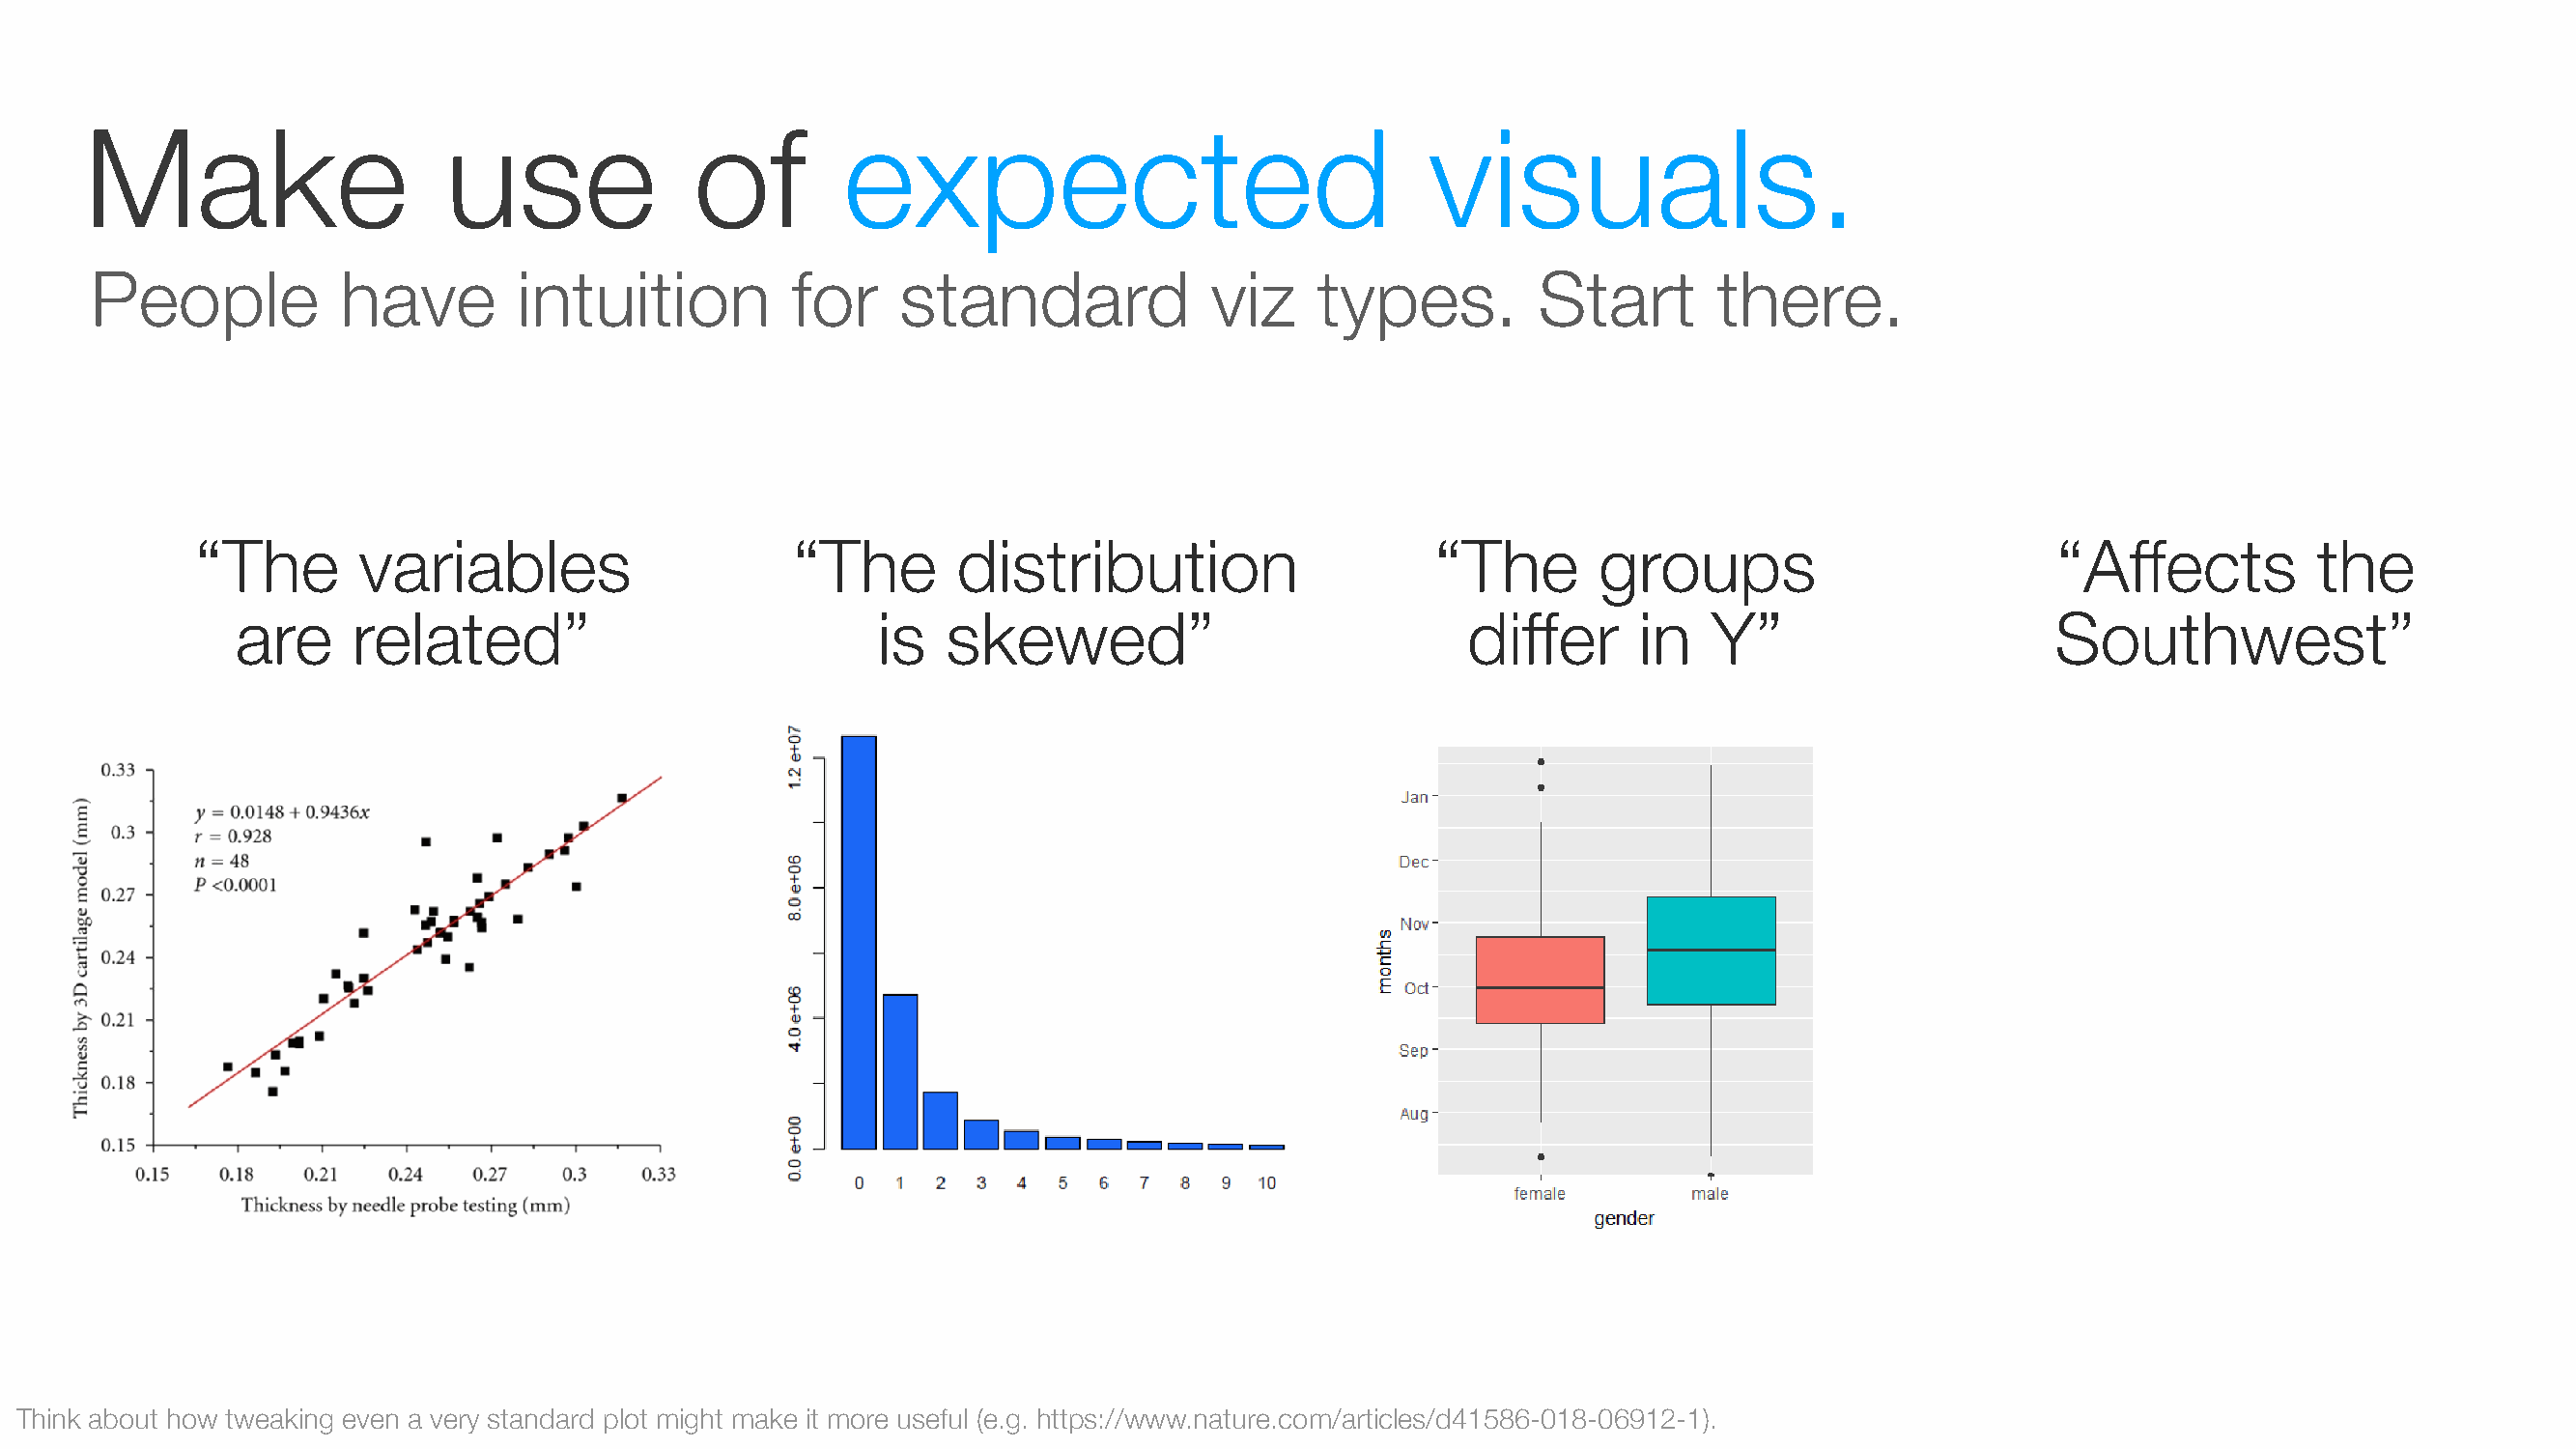
Make                     use              of        expected                                visuals.
 People           have        intuition          for     standard             viz    types.         Start        there.
 “The        variables                    “The        distribution                    “The        groups                         “Affects          the
 are     related”                            is   skewed”                             differ     in   Y”                      Southwest”
 Think about how tweaking even a very standard plot might make it more useful (e.g. https://www.nature.com/articles/d41586-018-06912-1).